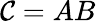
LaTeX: \mathcal{C}=AB